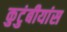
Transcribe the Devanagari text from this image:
कुटुंबीयांस